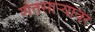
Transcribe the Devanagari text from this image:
शेतसाऱ्यावर